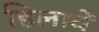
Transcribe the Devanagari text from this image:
हिलावें